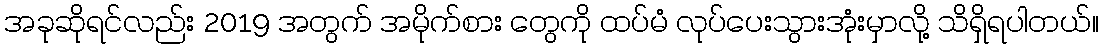
အခုဆိုရင်လည်း 2019 အတွက် အမိုက်စား တွေကို ထပ်မံ လုပ်ပေးသွားအုံးမှာလို့ သိရှိရပါတယ်။